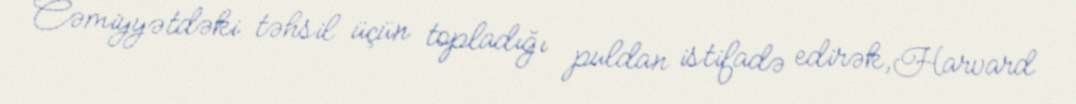
Cəmiyyətdəki təhsil üçün topladığı puldan istifadə edirək,Harvard